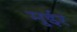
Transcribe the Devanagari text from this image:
मुईर